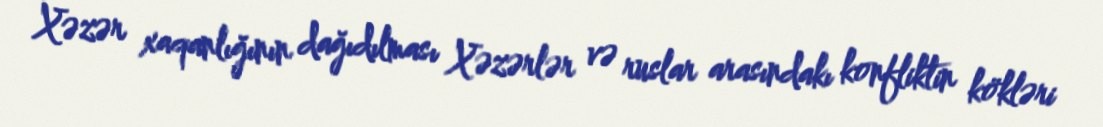
Xəzər xaqanlığının dağıdılması Xəzərlər və ruslar arasındakı konfliktin kökləri